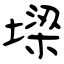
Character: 墚